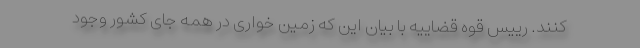
کنند. رییس قوه قضاییه با بیان این که زمین خواری در همه جای کشور وجود